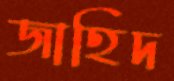
জাহিদ